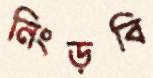
নিংড়বি